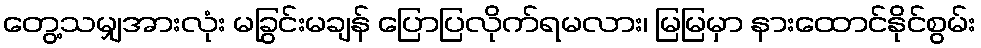
တွေ့သမျှအားလုံး မခြွင်းမချန် ပြောပြလိုက်ရမလား၊ မြမြမှာ နားထောင်နိုင်စွမ်း